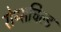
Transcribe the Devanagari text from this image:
रोथ्सचिल्ड